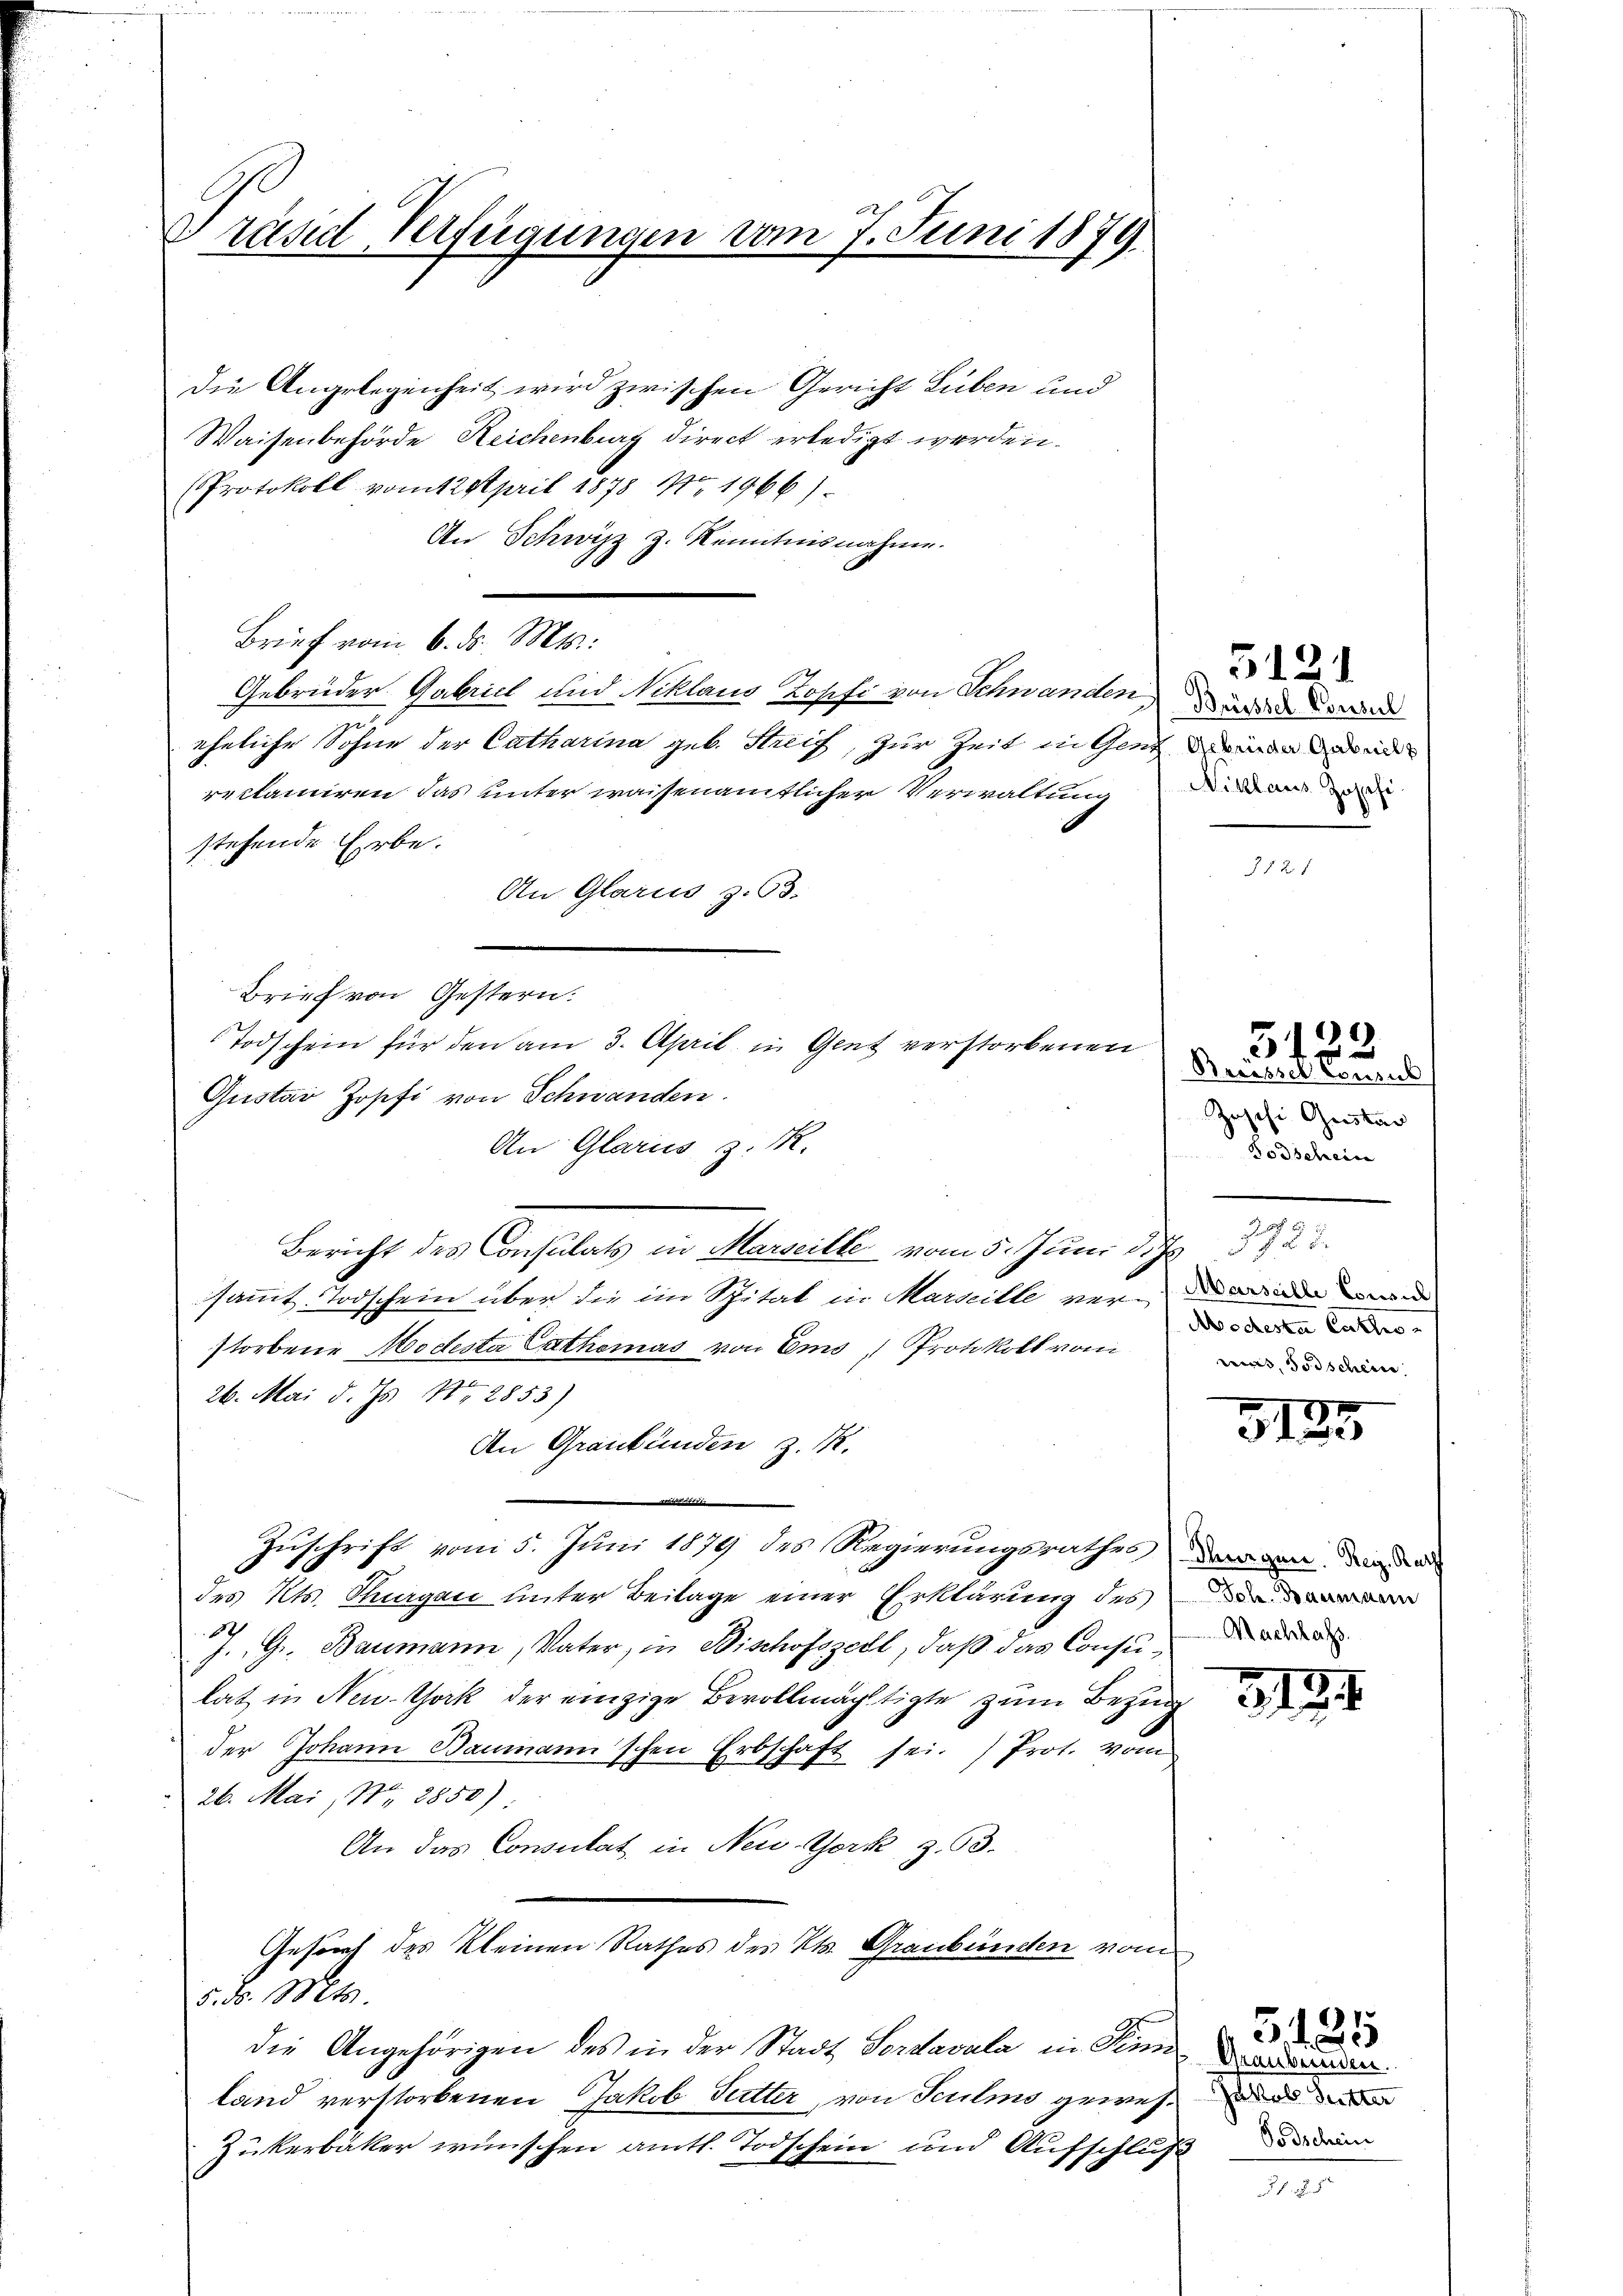
Dräsid Verfügungen vom 7. Juni 1879.

Die Angelegenheit wird zwischen Gericht Luben und
Waisenbehörde Reichenburg direct erledigt werden.
Protokoll vom 12. April 1878 Nr. 1966).
An Schwyz z. Kenntnisnahme.
Brief vom 6. ds. Mts.:
Gebrüder Gabrich und Niklaus Zopfi von Schwanden und d
eheliche Sohne der Catharina geb. Streif, zur Zeit in Geneidend
reklamiren das unter waisenamtlicher Verwaltung
stehende Erbe.
An Glarus z. 63.
Brief von Gestern.
Gustav Jopfi von Schwanden.
An Glarus z. R.
Bericht des Consulats in Marseille vom 5. Juni 187
ssammt. Todschein über die im Spital in Marille ver- u die wie
storbene Mottesta Cathomas von Ems, Protokoll vom
26. Mai d. Js. No 2853)
An Graubünden z. B.
Zuschrift vom 5. Juni 1879 des Regierungsrathes darvon der
des Kts. Thurgau unter Beilage einer Erklärung des
J. G. Baumann, Vater, in Bischofszell, daß das Consulatz in New-York der einzige Bevollmächtigte zum Bezug
der Johann Baumann'schen Erbschaft sei. Prot. vom
26. Mai, Nr. 2850):
An das Consulat in New-York z. 93.
Gesuch des Kleinen Rathes des Kts. Graubünden vom
5. No. 1821.
die Angehörigen des in der Stadt Sertavula in Sinn
land verstorbenen Jakob Sutter, von Sculmo gewes
Zukerbäker wünschen amtl. Todschein und Aufschluß in

Todschein für den am 3. April in Gent verstorbenen

Niklaus Josephi

5131

3

.
Brüssel Consub
Zoschi Gustan
Bodschein

J. J. 23.
Modesta Catho
mias Todschein

7
323

Sch. Baumann
Machlass

3194

1
5420